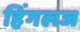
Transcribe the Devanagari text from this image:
हिंगलज